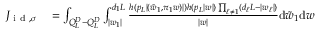
\begin{array} { r l } { J _ { \textnormal { i d } , \sigma } } & { { } = \int _ { Q _ { L } ^ { D } - Q _ { L } ^ { D } } \int _ { | w _ { 1 } | } ^ { d _ { 1 } L } \frac { h ( p _ { L } | ( \tilde { w } _ { 1 } , \pi _ { 1 } w ) | ) h ( p _ { L } | w | ) \prod _ { \ell \neq 1 } ( d _ { \ell } L - | w _ { \ell } | ) } { | w | } \mathrm { d } \tilde { w } _ { 1 } \mathrm { d } w } \end{array}